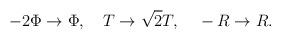
LaTeX: \begin{align*}-2\Phi \rightarrow \Phi,~~~ T \rightarrow \sqrt 2 T, ~~~-R \rightarrow R.\end{align*}